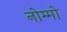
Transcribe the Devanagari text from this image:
नोम्मो